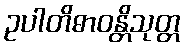
ဥပါတိဓာဝန္တိသုတ္တ